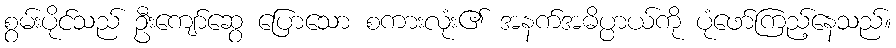
စွမ်းပိုင်သည် ဦးကျော်ဆွေ ပြောသော စကားလုံး၏ အနက်အဓိပ္ပာယ်ကို ပုံဖော်ကြည့်နေသည်။